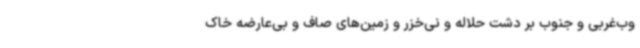
وب‌غربی و جنوب بر دشت حلاله و نی‌خزر و زمین‌های صاف و بی‌عارضه خاک